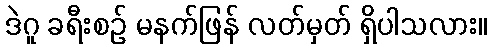
ဒဲဂူ ခရီးစဉ် မနက်ဖြန် လတ်မှတ် ရှိပါသလား။